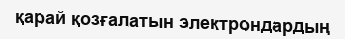
қарай қозғалатын электрондардың